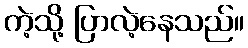
ကဲ့သို့ ပြာလဲ့နေသည်။